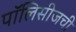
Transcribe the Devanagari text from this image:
पॉलिसीजची